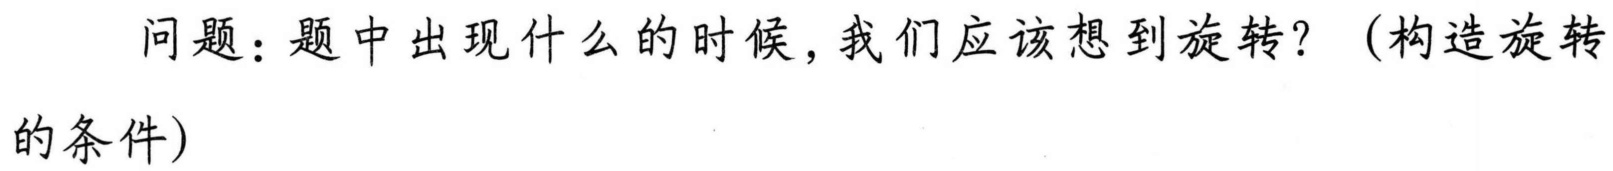
问题：题中出现什么的时候，我们应该想到旋转？（构造旋转的条件）